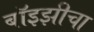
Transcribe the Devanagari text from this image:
बॉइझीचा